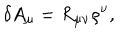
\delta A _ { \mu } = R _ { \mu \nu } \rho ^ { \nu } ,